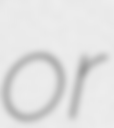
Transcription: or